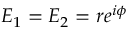
E _ { 1 } = E _ { 2 } = r e ^ { i \phi }